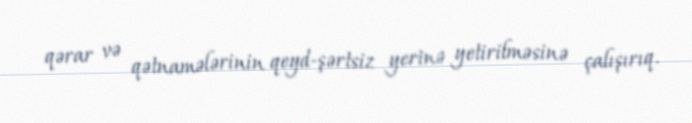
qərar və qətnamələrinin qeyd-şərtsiz yerinə yetirilməsinə çalışırıq.